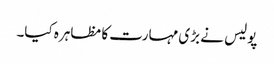
پولیس نے بڑی مہارت کا مظاہرہ کیا۔